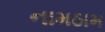
નામઠામ